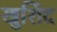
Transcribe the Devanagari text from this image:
खुर्शिद